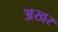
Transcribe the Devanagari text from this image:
अखर